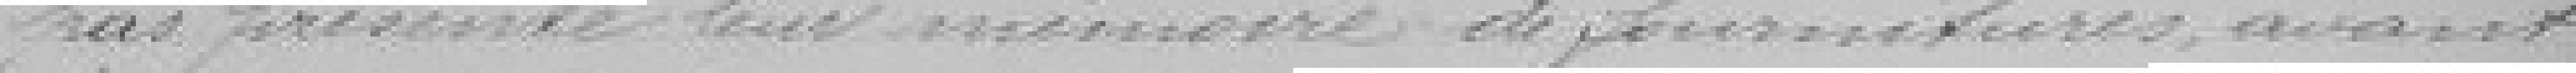
pas présenté leur mémoire de fournitures avant